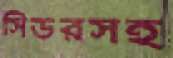
সিডরসহ